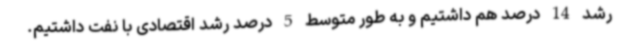
رشد 14 درصد هم داشتیم و به طور متوسط 5 درصد رشد اقتصادی با نفت داشتیم.